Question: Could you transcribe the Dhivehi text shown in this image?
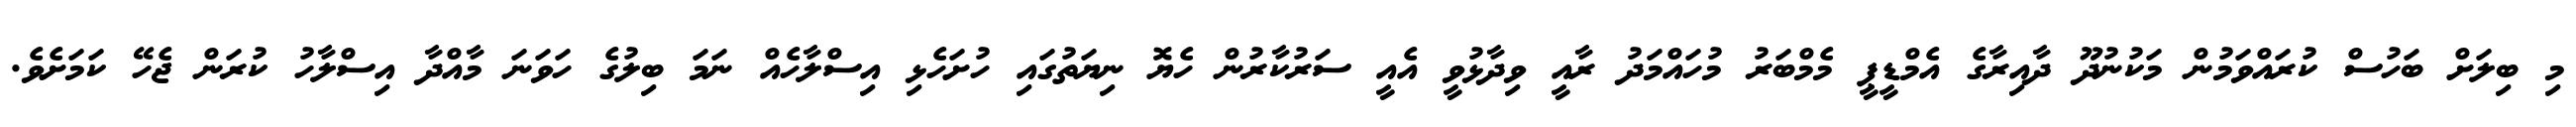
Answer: މި ބިލަށް ބަހުސް ކުރައްވަމުން މަކުނުދޫ ދާއިރާގެ އެމްޑީޕީ މެމްބަރު މުހައްމަދު ރާއީ ވިދާޅުވީ އެއީ ސަރުކާރުން ހެޔޮ ނިޔަތުގައި ހުށަހެޅި އިސްލާހެއް ނަމަ ބިލުގެ ހަވަނަ މާއްދާ އިސްލާހު ކުރަން ޖެހޭ ކަމަށެވެ.